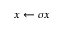
x \gets \sigma x